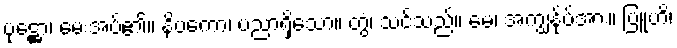
ပုဋ္ဌော၊ မေးအပ်၏။ နိပကော၊ ပညာရှိသော။ တွံ၊ သင်သည်။ မေ၊ အကျွန်ုပ်အား။ ဗြူဟိ၊